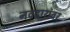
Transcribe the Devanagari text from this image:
नवद्वारांवर